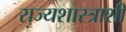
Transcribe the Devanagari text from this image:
राज्यशास्त्राशी